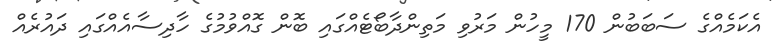
އެކަމެއްގެ ސަބަބުން 170 މީހުން މަރުވި މަތިންދާބޯޓެއްގައި ބޮން ގޮއްވުމުގެ ހާދިސާއެއްގައި ދައުރެއް